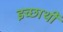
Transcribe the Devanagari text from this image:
इच्छार्थी